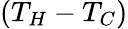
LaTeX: (T_{H}-T_{C})